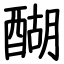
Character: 醐